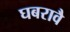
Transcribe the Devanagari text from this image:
घबरावै